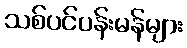
သစ်ပင်ပန်းမန်များ